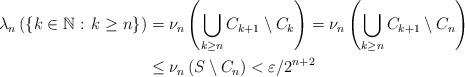
LaTeX: \begin{align*} \lambda_n\left(\left\{k\in\mathbb{N}:\,k\geq n\right\}\right)&=\nu_n\left(\bigcup_{k\geq n}C_{k+1}\setminus C_{k}\right)=\nu_n\left(\bigcup_{k\geq n}C_{k+1}\setminus C_n\right) \\&\leq\nu_n\left(S\setminus C_{n}\right)<\varepsilon/2^{n+2}\end{align*}